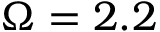
\Omega = 2 . 2